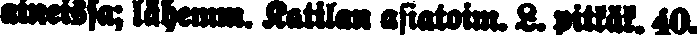
aineissa; lähemm. Katilan asiatoim. L. pitkäk. 40.